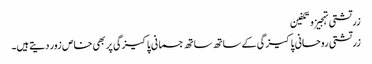
زرتشتی تہجیز و تکفین
زرتشتی روحانی پاکیزگی کے ساتھ ساتھ جسمانی پاکیزگی پر بھی خاص زور دیتے ہیں۔